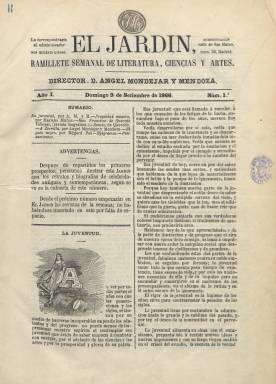
Título: El Jardín (Madrid)
Colección: Cultura
Ámbito geográfico: Madrid
Lugar de publicación: Madrid
Fechas: 09/09/1866-31/03/1867

Con el subtítulo “ramillete semanal de literatura, ciencias y artes”, comenzó a publicarse esta revista el nueve de septiembre de 1866, dirigida por Ángel Mondéjar y Mendoza, un poeta y autor dramático que moriría en plena juventud, a la edad de 26 años, en 1874. Precisamente con el epígrafe “Juventud” dará título al artículo de presentación de la revista en la que hace loa a una nueva generación amante del adelanto de las ciencias, las artes y la prosperidad. Será estampada en la imprenta de don José Morales y Rodríguez, que también aparece como editor responsable de las entregas de la publicación, en 4º, y de ocho páginas cada una, compuestas en excelente tipografía a dos columnas, con un bello grabado que hace de capitular del primer párrafo. Como administrador aparece Eugenio Giorgi.

Resalta de esta revista la publicación en sus dos primeros números de la primera traducción al castellano del cuento The Black Cat (1843), de Edgar Allan Poe. En la misma se publicarán artículos de creación literaria en prosa (narraciones, viajes, costumbres, etc.) y en verso (sonetos, epigramas, cantares, etc.). Comenzará a partir de la segunda entrega con la sección Revista de Madrid, en donde se da un repaso a la actividad artística y social de la ciudad, y publicará también alguna biografía y pensamientos de autores clásicos, así como artículos sobre industria y algún estudio literario.

Entre los autores, además del propio Mondéjar, que firmará algunos de sus textos con las iniciales AMM, aparecen los nombres Mariano Muñiz, Baltasar de Alcázar, Luis Mariano de Larra, Eduardo Bustillo, Pedro M. de Barrera, Miguel Vielsa, Antonio Rotondo, Carlos Moreno López, José del Moral, Antonio Alcalde Valladares, Mariano Montes y Echevarría, Joaquín Olmedilla y Puig, José del Moral, Baltasar Martínez Durán, J.M. Villergas, M.A. Príncipe, Manuel Bretón de los Herreros o W. Ayguals de Izco, entre otros.

Según el tomo VII (1866) del Boletín bibliográfico español, de Dionisio Hidalgo, El Jardín se anunciaba como una “publicación especial destinada a reproducir en fotografías” hechos, monumentos artísticos y personajes célebres españoles, de los que ya había distribuido algunas. Así, en su entrega número 13, de diciembre, indica en el sumario Lámina, de Alarcón, Larra, Campoamor, Olózaga y Mesonero Romano, entre otros. Pero dichas láminas no forman parte de la colección en la Biblioteca Nacional de España de esta revista, que debió contar también con cubierta.

La última entrega de la colección corresponde al número 27, del 31 de marzo de 1867. Existe en alguna otra hasta la entrega 29, y, según Hartzenbusch (1894), estuvo publicándose hasta julio de 1867.